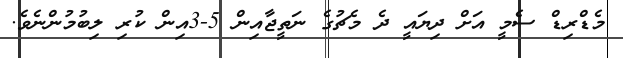
މެޑްރިޑް ސެމީ އަށް ދިޔައީ ދެ މެޗުގެ ނަތީޖާއިން 5-3އިން ކުރި ލިބުމުންނެވެ.